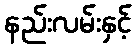
နည်းလမ်းနှင့်